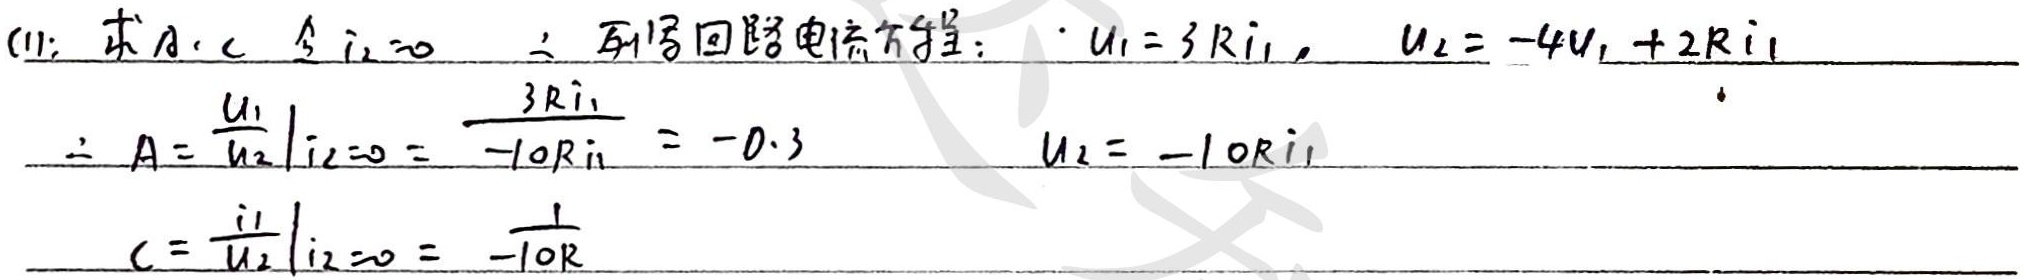
(1): 求 \(A\)，\(C\) 令 \(i_{2}=0\) ，列写回路电流方程：
\(\because u_{1}=3Ri_{1}\)，\(u_{2}=-4u_{1}+2Ri_{1}\)
\(\therefore A = \left.\frac{u_{1}}{u_{2}}\right|_{i_{2}=0}=\frac{3Ri_{1}}{- 10Ri_{1}}=-0.3\)，\(u_{2}=-10Ri_{1}\)
\(C=\left.\frac{i_{1}}{u_{2}}\right|_{i_{2}=0}=\frac{1}{-10R}\)